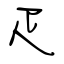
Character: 疋